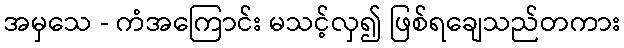
အမှသေ - ကံအကြောင်း မသင့်လှ၍ ဖြစ်ရချေသည်တကား